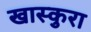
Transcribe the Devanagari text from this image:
खास्कुरा